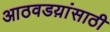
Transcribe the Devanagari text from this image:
आठवडय़ांसाठी